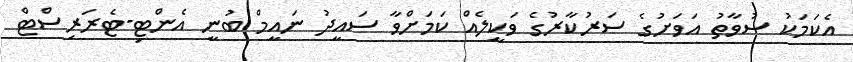
އެކަމަކު ސުވާތު އަވަށުގެ ސަރުކާރުގެ ވަކީލެއް ކަމަށްވާ ސައީދު ނައީމް ބުނީ އެންޓި-ޓެރަރިސްޓް